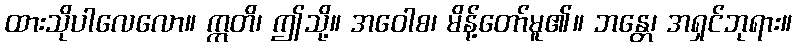
ထားသိုပါလေလော။ ဣတိ၊ ဤသို့။ အဝေါစ၊ မိန့်တော်မူ၏။ ဘန္တေ၊ အရှင်ဘုရား။